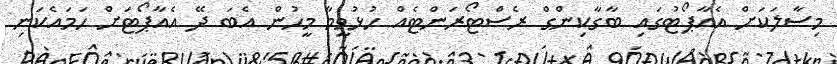
މިސާލަކަށް އެއާޕޯޓުގައި ބާގާކިންގް ރެސްޓޯރަންޓެއް ހުޅުވީމާ މީހުން އެބަ ދޭ އެއާޕޯޓަށް ހަމައެކަނި